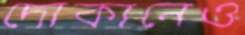
দোকানেও